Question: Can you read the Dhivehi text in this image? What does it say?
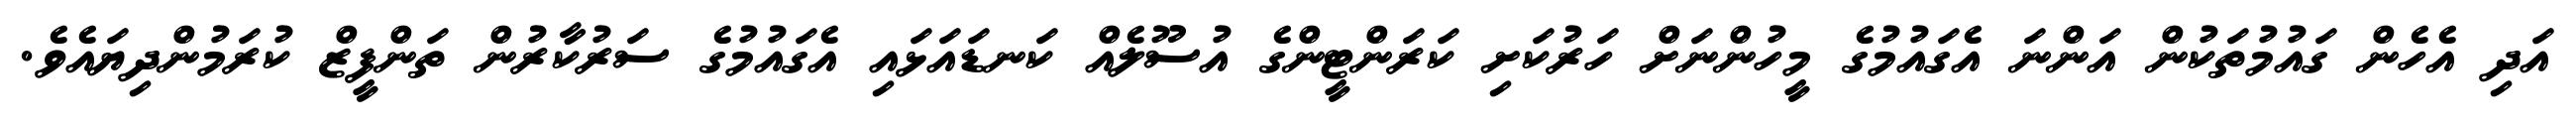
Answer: އަދި އެހެން ގައުމުތަކުން އަންނަ އެގައުމުގެ މީހުންނަށް ހަރުކަށި ކަރަންޓީންގެ އުސޫލެއް ކަނޑައަޅައި އެގައުމުގެ ސަރުކާރުން ތަންފީޒް ކުރަމުންދިޔައެވެ.